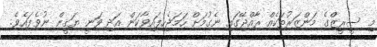
މި ސީރީޒްގެ މަންޒަރުތަކެއް ރާއްޖޭގައި ނެގުމަށް ހަމަޖެހިފައިވާކަން އަދި ވަނީ ޔަޤީން ނުވެފައެވެ.